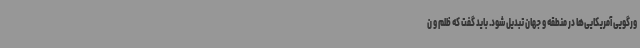
ورگویی آمریکایی‌ها در منطقه و جهان تبدیل شود. باید گفت که ظلم و ن